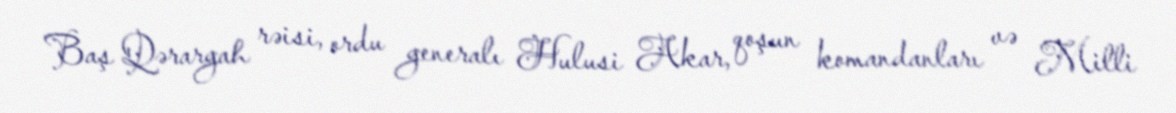
Baş Qərargah rəisi, ordu generalı Hulusi Akar, qoşun komandanları və Milli